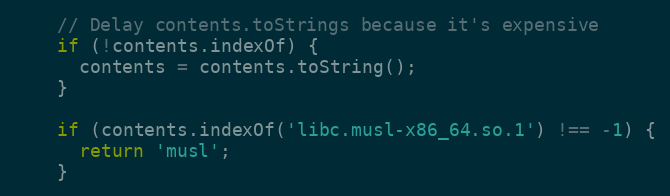
Language: JavaScript
    // Delay contents.toStrings because it's expensive
    if (!contents.indexOf) {
      contents = contents.toString();
    }

    if (contents.indexOf('libc.musl-x86_64.so.1') !== -1) {
      return 'musl';
    }